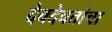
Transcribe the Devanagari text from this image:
देवदेवतांचा